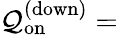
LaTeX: \mathcal{Q}_{\mathrm{{on}}}^{\mathrm{{(down)}}}=